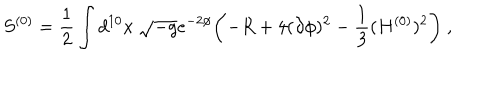
LaTeX: S ^ { ( 0 ) } = \frac { 1 } { 2 } \int d ^ { 1 0 } x \ \sqrt { - g } e ^ { - 2 \phi } \biggl ( - R + 4 ( \partial \phi ) ^ { 2 } - { \frac { 1 } { 3 } } ( H ^ { ( 0 ) } ) ^ { 2 } \biggr ) \ ,